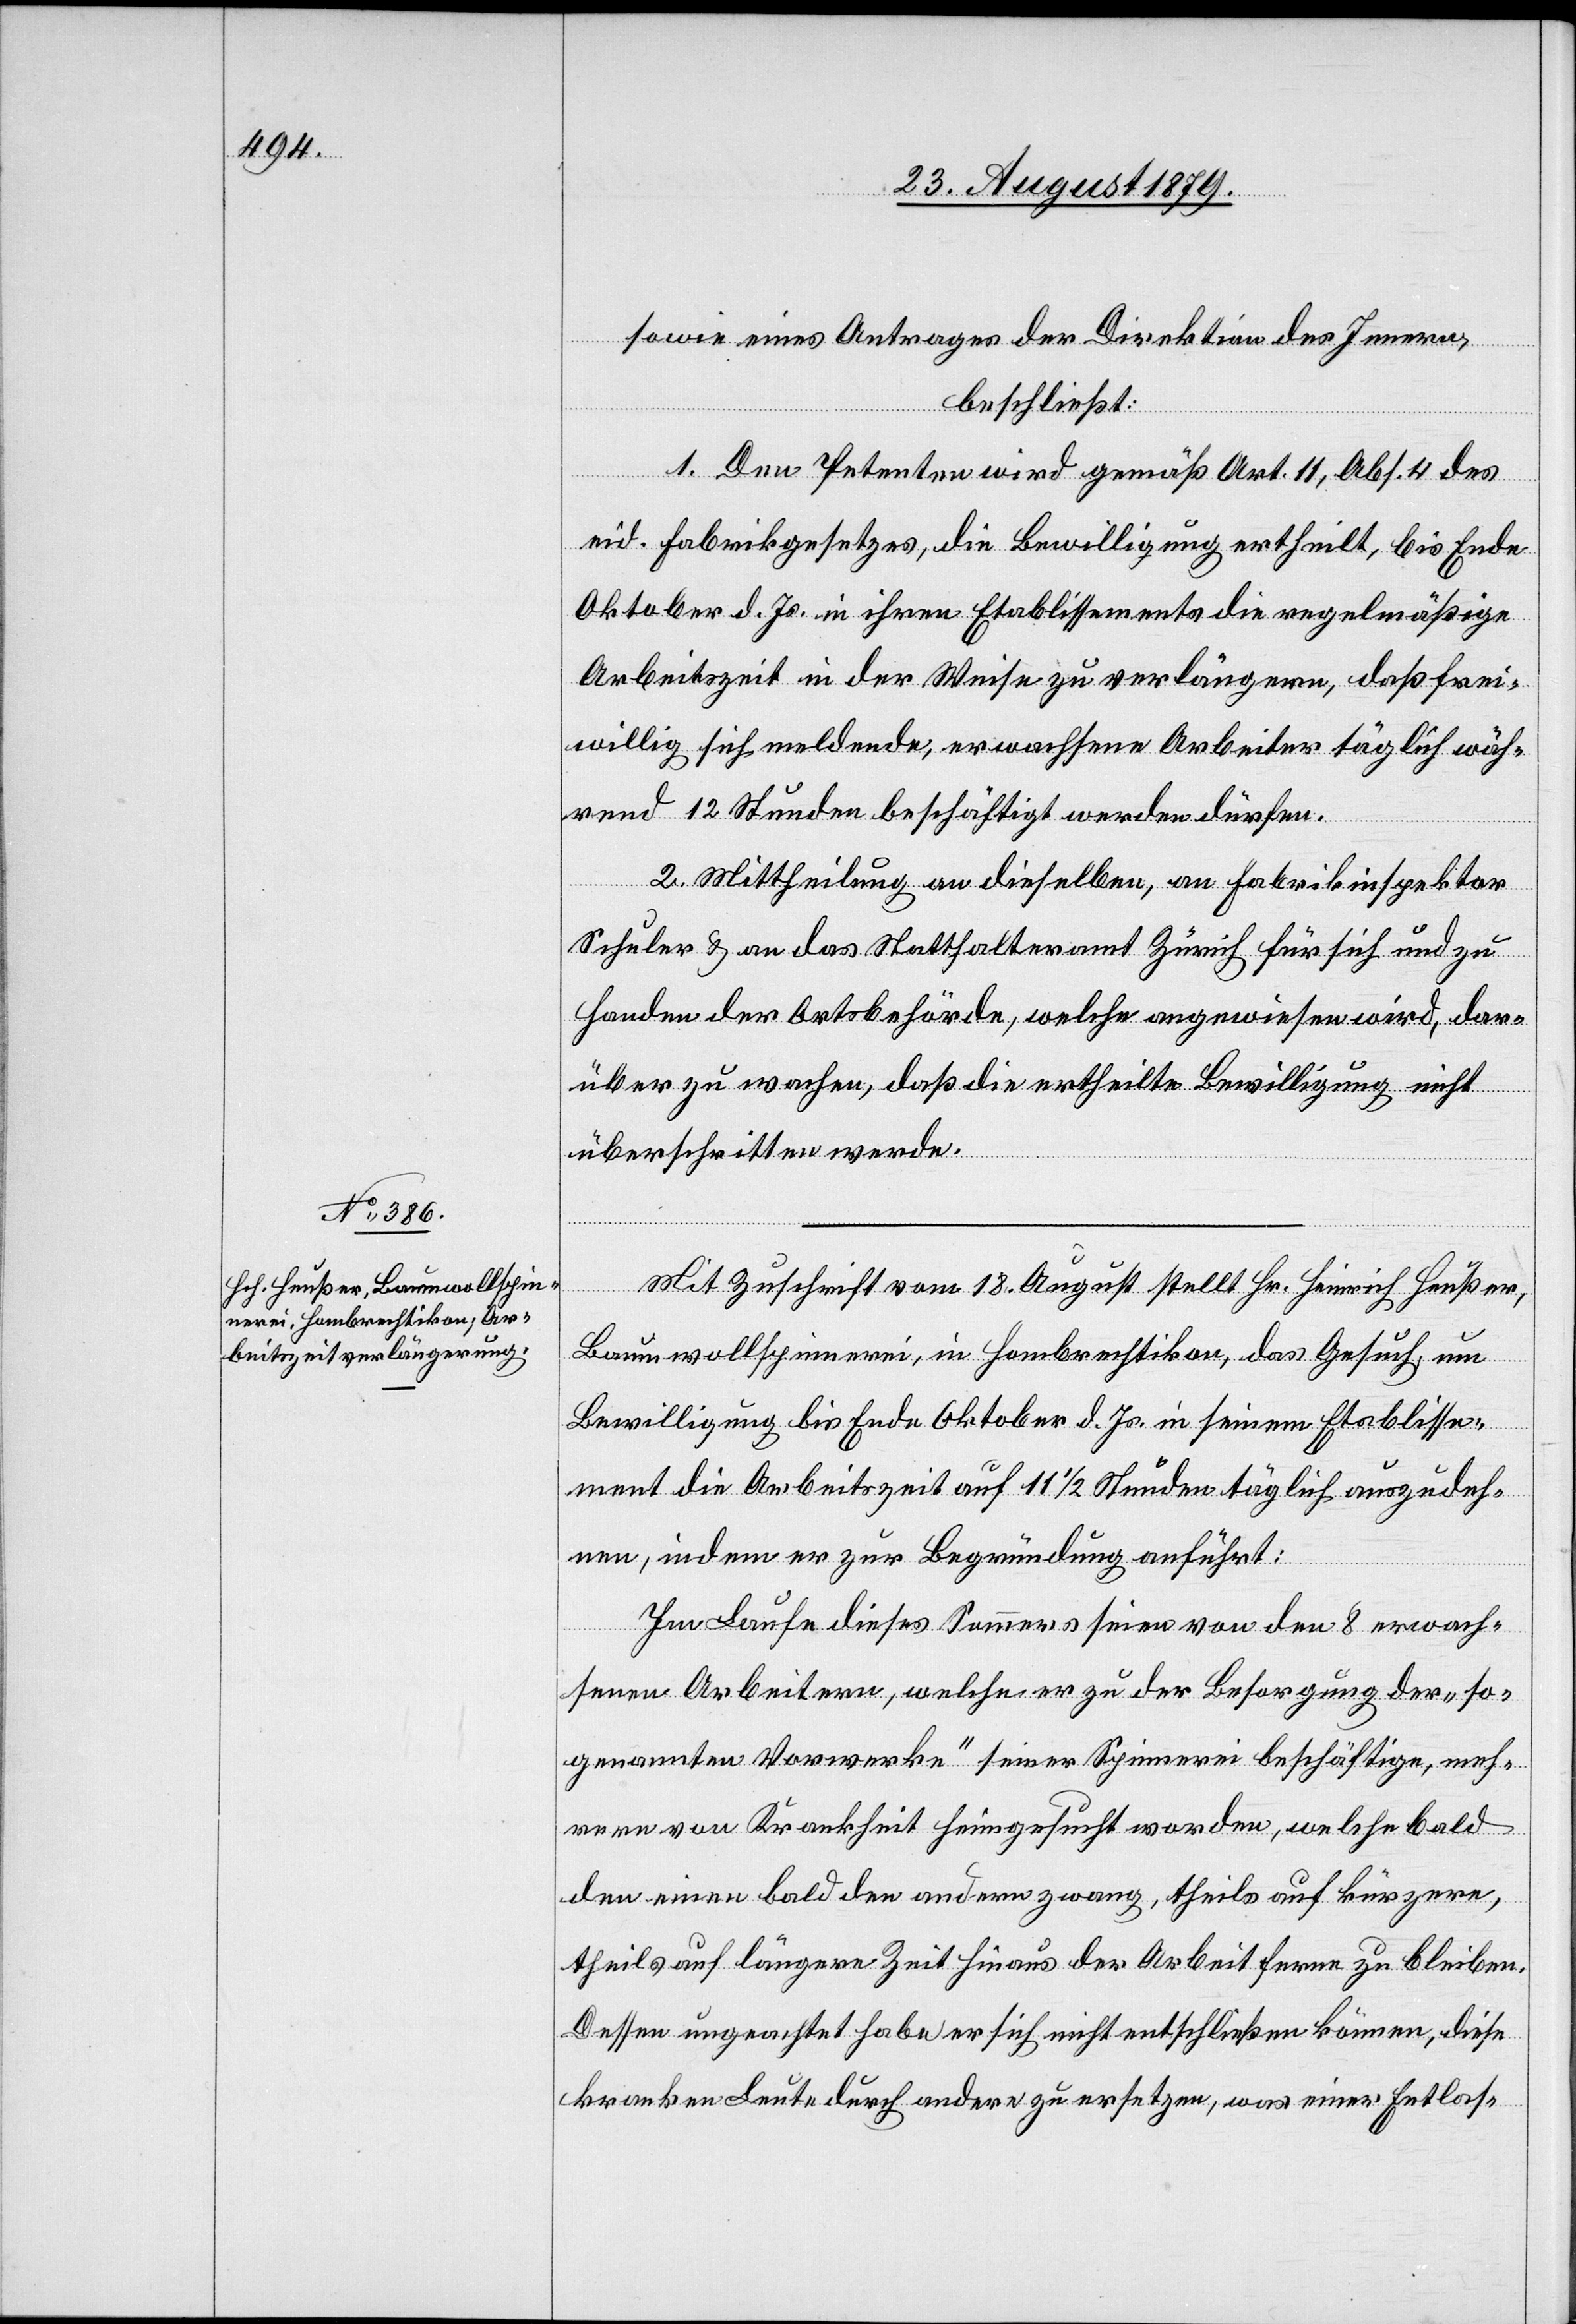
sowie eines Antrages der Direktion des Innern,
beschließt:
1. Den Petenten wird gemäß Art. 11, Abs. 4 des
eid. Fabrikgesetzes, die Bewilligung ertheilt, bis Ende
Oktober d. Js. in ihren Etablissements die regelmäßige
Arbeitszeit in der Weise zu verlängern, daß frei¬
willig sich meldende, erwachsene Arbeiter täglich wäh¬
rend 12 Stunden beschäftigt werden dürfen.
2. Mittheilung an dieselben, an Fabrikinspektor
Schuler & an das Statthalteramt Zürich für sich und zu
Handen der Ortsbehörde, welche angewiesen wird, dar¬
über zu wachen, daß die ertheilte Bewilligung nicht
überschritten werde.
Mit Zuschrift vom 18. August stellt Hr. Heinrich Heußer,
Baumwollspinnerei, in Hombrechtikon, das Gesuch um
Bewilligung bis Ende Oktober d. Js. in seinem Etablisse¬
ment die Arbeitszeit bis auf 11 1/2 Stunden täglich auszudeh¬
nen, indem er zur Begründung anführt:
Im Laufe dieses Sommers seien von den 8 erwach¬
senen Arbeitern, welche er zu der Besorgung der „so¬
genannten Vorwerke“ seiner Spinnerei beschäftige, meh¬
rere von Krankheit heimgesucht worden, welche bald
den einen bald den andern zwang, theils auf kürzere,
theils auf längere Zeit hinaus der Arbeit fern zu bleiben.
Dessen ungeachtet habe er sich nicht entschließen können, diese
kranken Leute durch andere zu ersetzen, was einer Entlas-